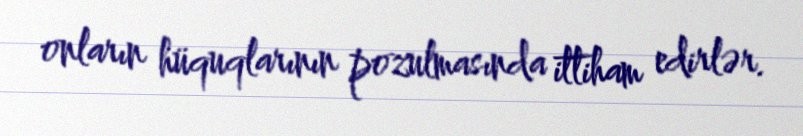
onların hüquqlarının pozulmasında ittiham edirlər.